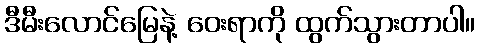
ဒီမီးလောင်မြေနဲ့ ဝေးရာကို ထွက်သွားတာပါ။